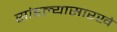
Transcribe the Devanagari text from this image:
सांडल्यासारखे